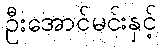
ဦးအောင်မင်းနှင့်